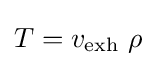
T=v_{\text{exh}}\ \rho